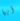
أيها